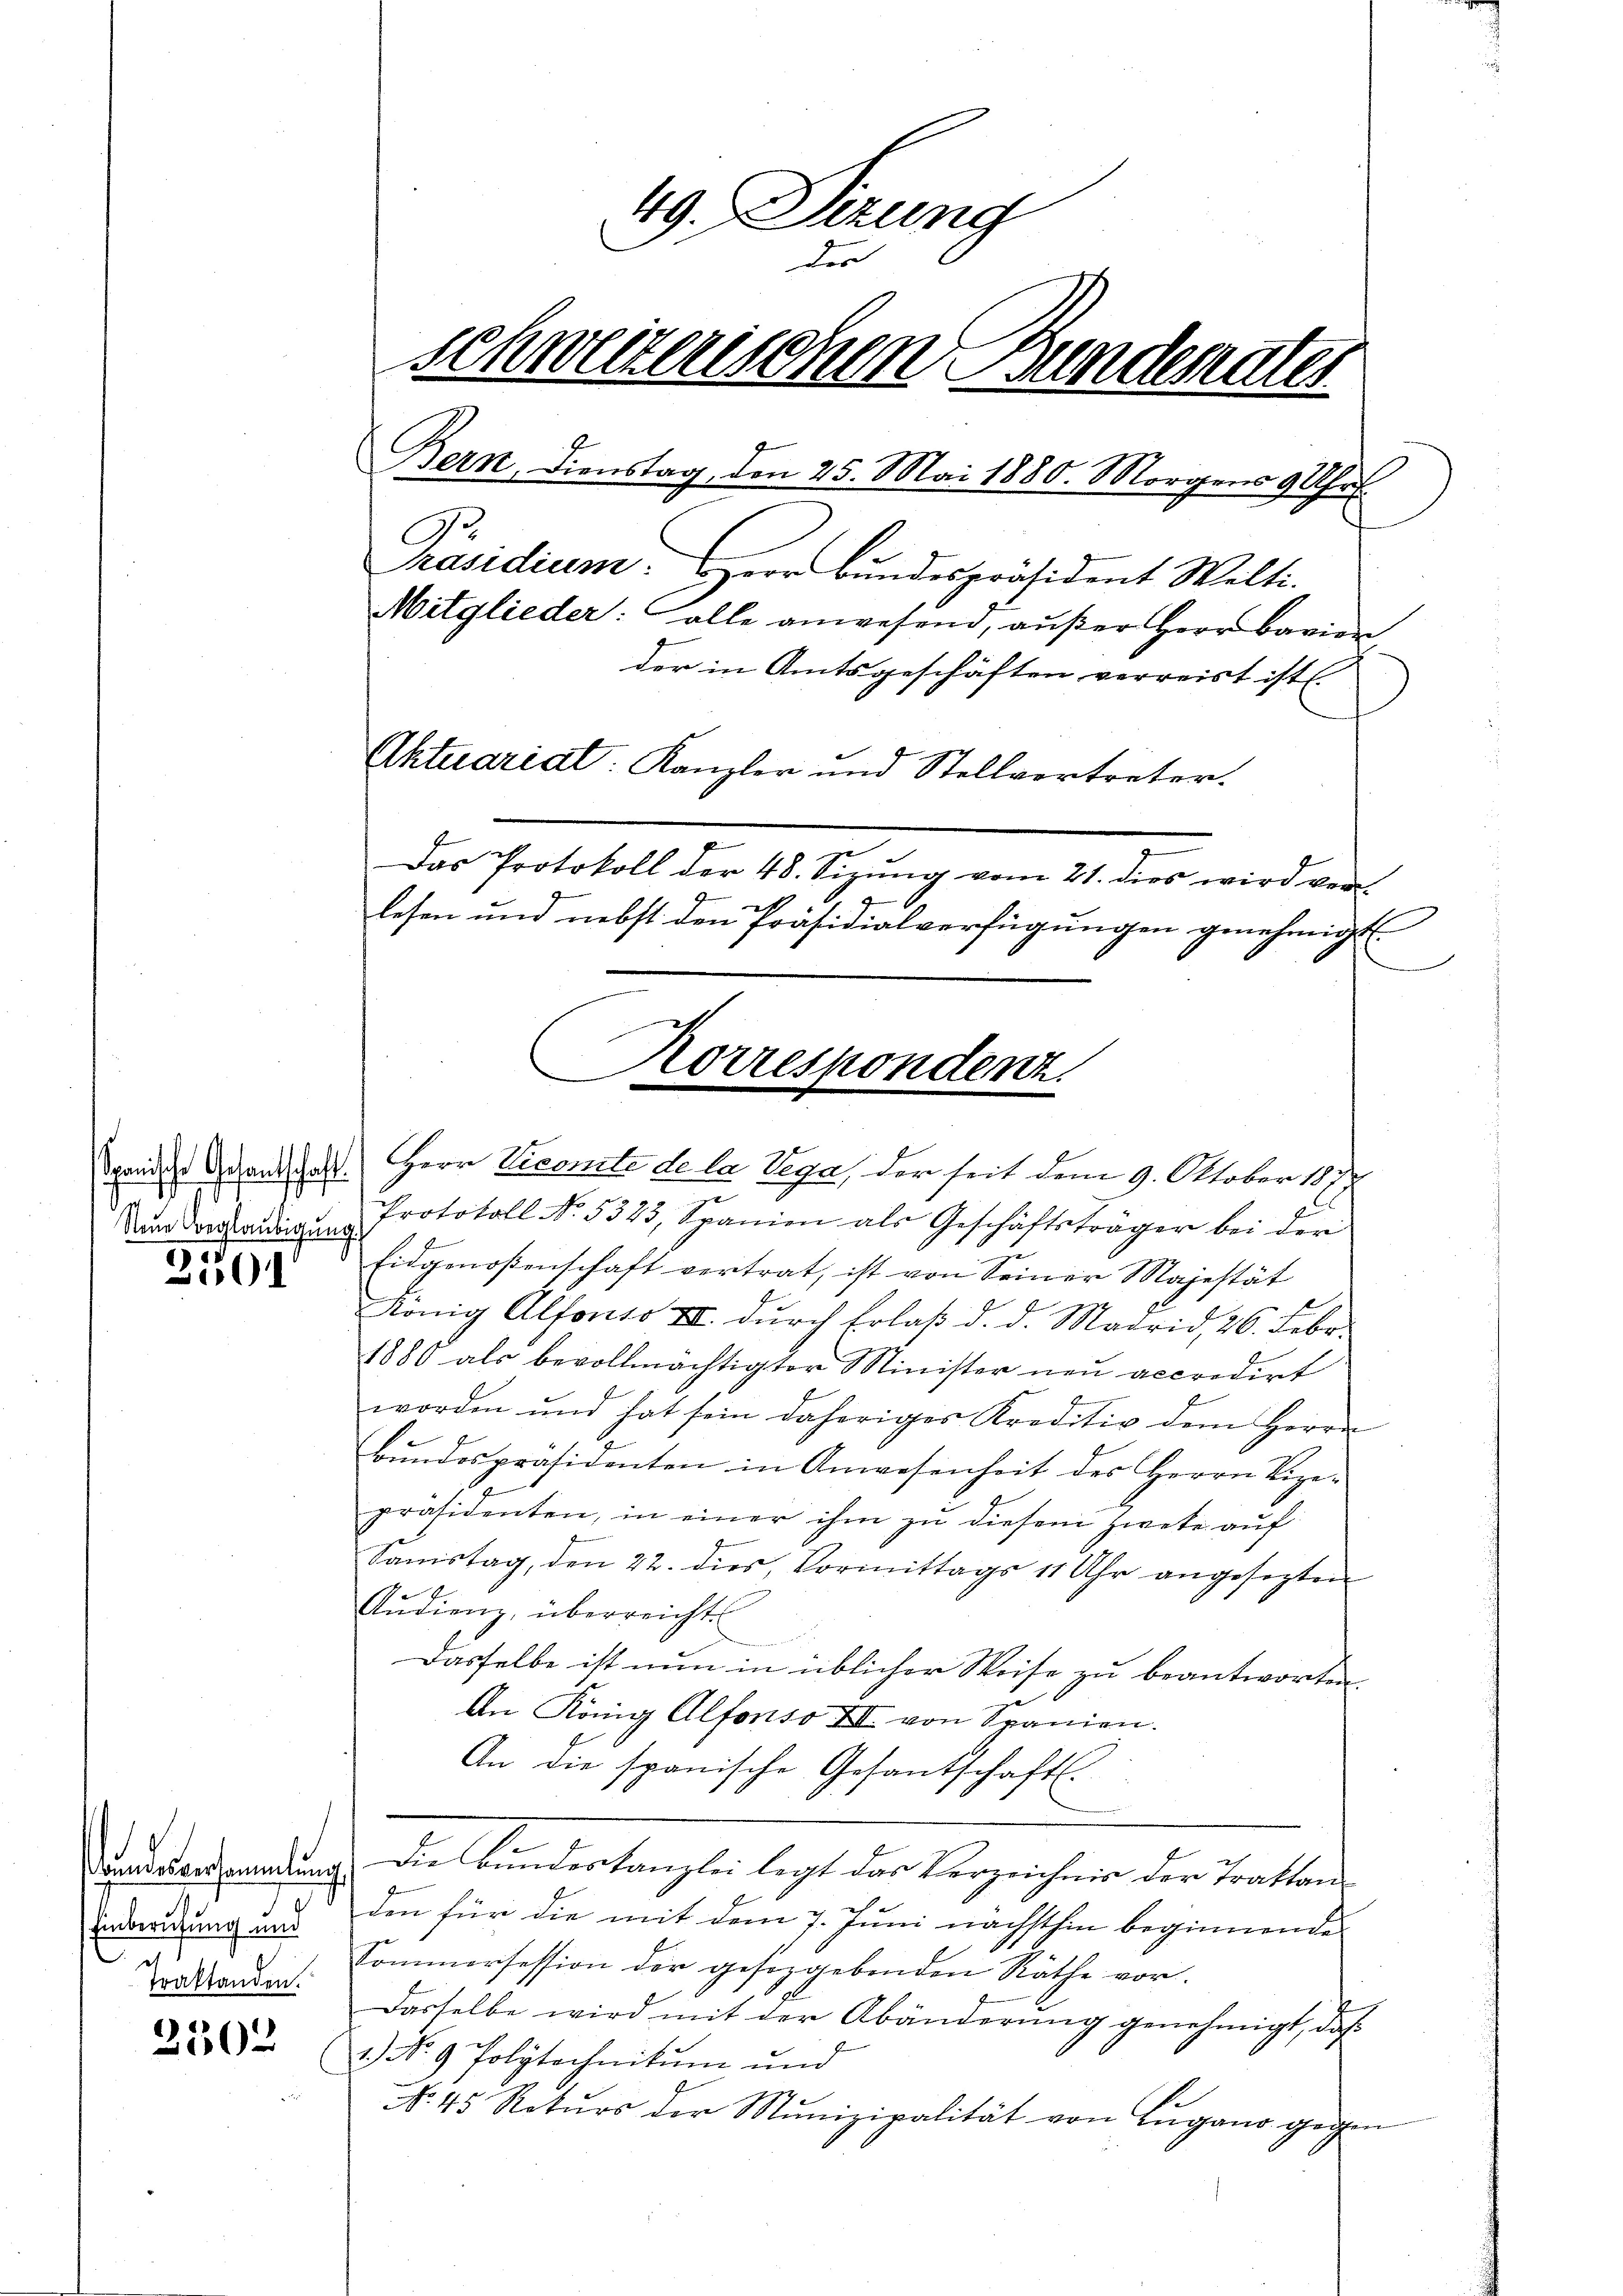
Spanische Gefantschaft.
Neue Beglaubigung
191

01

undesversammlung
Einberufung und
e
Traktanden.

2502

49. Dizung
der
schweizerischen Bundenates
¬
Bern. Dienstag, den 25. Mai 1880. Morgens 9 Uhr
C
Präsidium. Herr Bundespräsident Welti.
Mitglieder: alle anwesend, außer Herr Bavien,
der in Amtsgeschäften verreist ist.
Aktuariat: Kanzler und Stellvertreter.
Das Protokoll der 48. Sizung vom 21. dies wird ver
lesen und nebst den Präsidialverfügungen genehmigt.

Protokoll No. 5323, Spanien als Geschäftsträger bei der
Eidgenoßenschaft vertrat, ist von Seiner Majestät
König Alfonso III dŭrch Erlaβ d. d. Madrid, 26. Febr.
1880 als bevollmächtigter Minister neu accredirt
worden und hat sein daheriges Kreditiv dem Herrn
bŭndespräsidenten in Anwesenheit des Herrn Vize-
präsidenten, in einer ihm zu diesem Zweke auf
Samstag, den 22. dies, Vormittags 11 Uhr angesezten
Audienz, überreicht
Dasselbe ist nun in üblicher Weise zu beantworten.
An König Alfonso III. von Spanien.
An die spanische Gesantschaft.
Die Bundeskanzlei legt das Verzeichnis der Traktanden für die mit dem 7. Juni nächsthin beginnende
Sommersession der gesetzgebenden Räthe vor.
Dasselbe wird mit der Abänderung genehmigt, daß
1.) No 9 Polytechnikum und
No. 45 Rokŭrs der Munizipalität von Lugano gegen

Korrespondenz.
Herr Vicomité de la Vega, der seit dem 9. Oktober 187